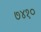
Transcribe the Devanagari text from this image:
७४१०